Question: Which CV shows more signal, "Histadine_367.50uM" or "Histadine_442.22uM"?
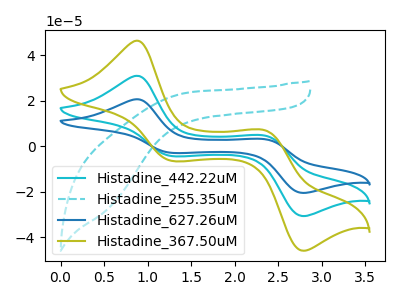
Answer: <think>The cyan curve "Histadine_442.22uM" has anodic peaks at (0.90V, 31.05uA) (2.35V, 4.75uA) and cathodic peaks at (1.30V, -4.30uA) (2.80V, -30.70uA). The cyan dashed curve "Histadine_255.35uM" has no peaks. The blue curve "Histadine_627.26uM" has anodic peaks at (0.90V, 62.10uA) (2.35V, 9.45uA) and cathodic peaks at (1.30V, -8.55uA) (2.80V, -61.35uA). The olive curve "Histadine_367.50uM" has anodic peaks at (0.90V, 46.50uA) (2.35V, 7.10uA) and cathodic peaks at (1.30V, -6.40uA) (2.80V, -45.95uA).
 All the peaks in "Histadine_367.50uM" have a peak in "Histadine_442.22uM" at the same potential. Every peak in "Histadine_367.50uM" is higher than every peak in "Histadine_442.22uM".</think>
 <answer>"Histadine_367.50uM" has more signal than "Histadine_442.22uM".</answer>
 <eval>more_signal</eval>